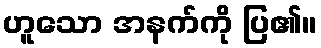
ဟူသော အနက်ကို ပြ၏။